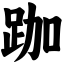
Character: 跏